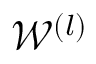
\mathscr { W } ^ { ( l ) }